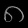
Digit: ၈